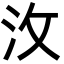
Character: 㳊